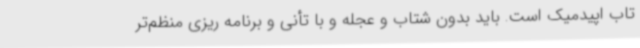
تاب اپیدمیک است. باید بدون شتاب و عجله و با تأنی و برنامه ریزی منظم‌تر